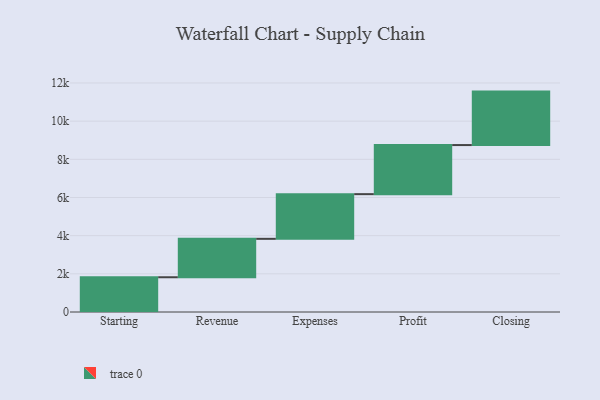
{"axis": {"x": "Step", "y": "Value"}, "legend": [""], "data": [{"x": "Starting", "y": 1821.0, "type": ""}, {"x": "Revenue", "y": 2013.0, "type": ""}, {"x": "Expenses", "y": 2341.0, "type": ""}, {"x": "Profit", "y": 2572.0, "type": ""}, {"x": "Closing", "y": 2801.0, "type": ""}]}